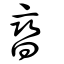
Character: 曫